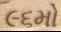
૯૬મો